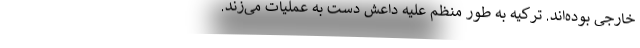
خارجی بوده‌اند. ترکیه به طور منظم علیه داعش دست به عملیات می‌زند.